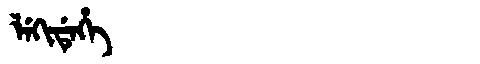
Manchu: ᠯᡝᡴᡳᡩᡝᡥᡝ
Romanization: LEKIDEHE